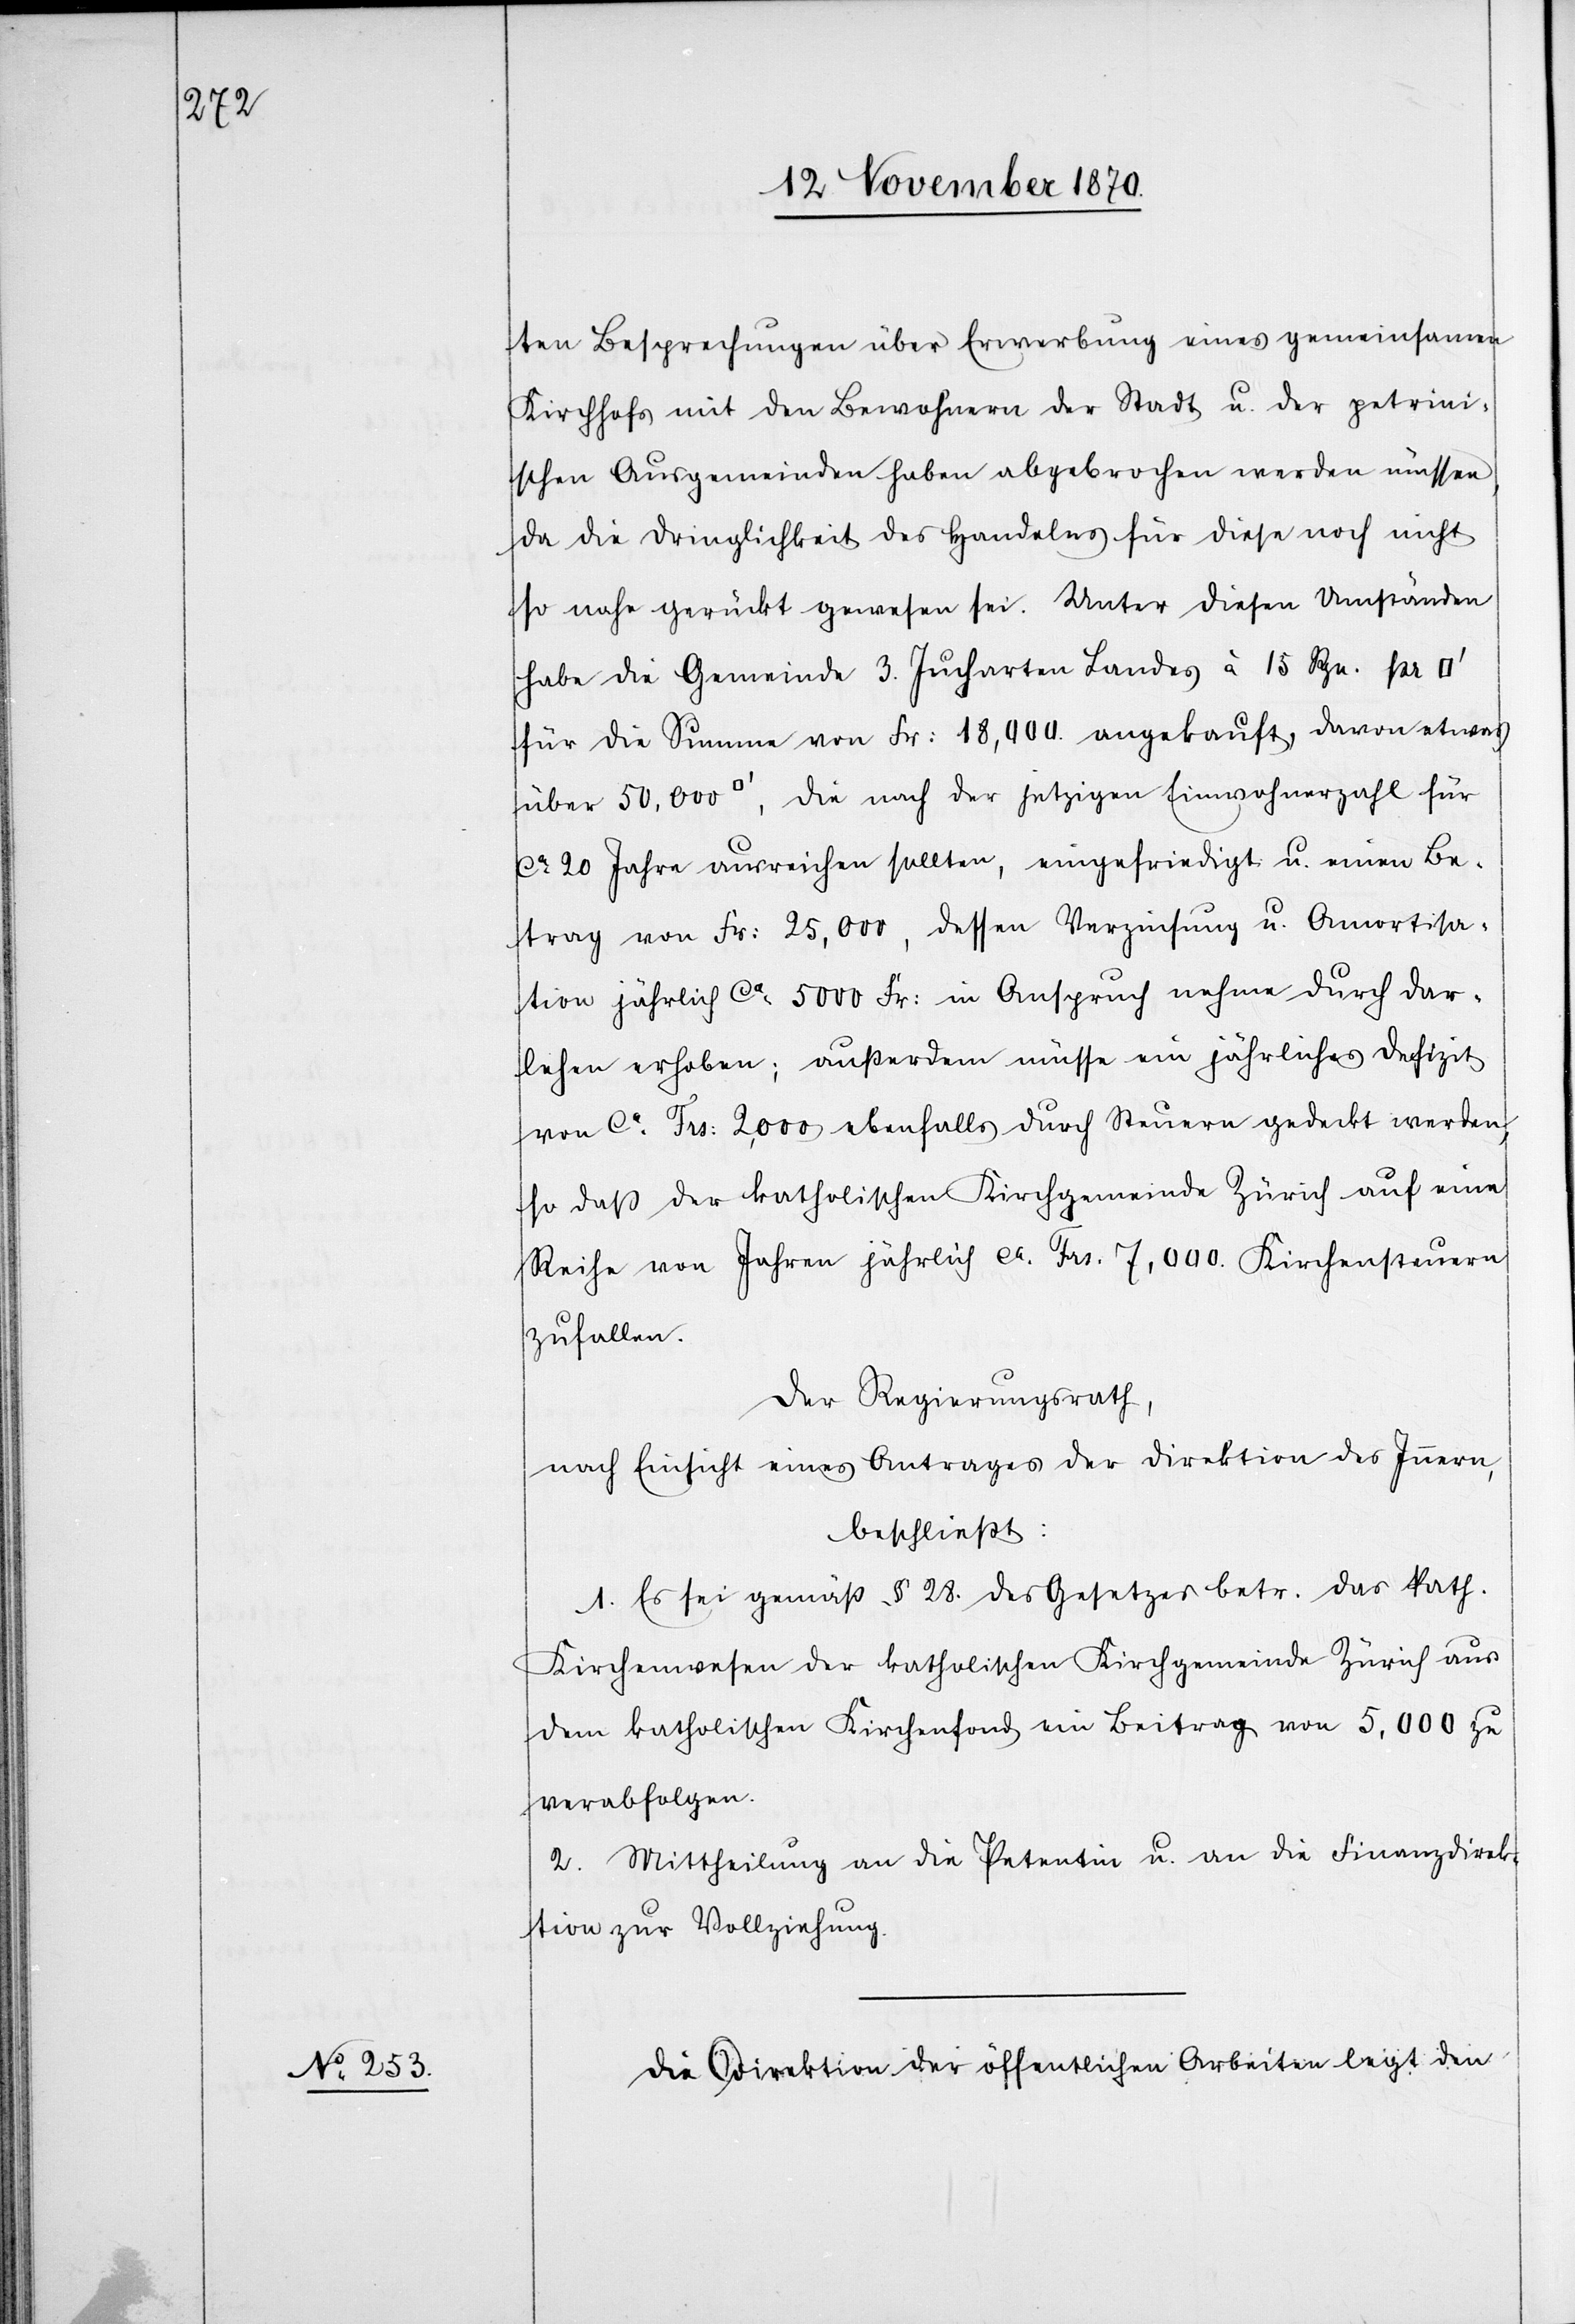
ten Besprechungen über Erwerbung eines gemeinsamen
Kirchhofs mit den Bewohnern der Stadt u. der petrini¬
schen Ausgemeinden haben abgebrochen werden müssen,
da die Dringlichkeit des Handelns für diese noch nicht
so nahe gerückt gewesen sei. Unter diesen Umständen
habe die Gemeinde 3. Jucharten Landes à 15 Rpn. pr
für die Summe von Fr: 18,000 angekauft, davon etwas
über 50,000 [Quadratfuß], die nach der jetzigen Einwohnerzahl für
ca. 20 Jahre ausreichen sollten, eingefriedigt u. einen Be¬
trag von Fr: 25,000, dessen Verzinsung u. Amortisa¬
tion jährlich ca: 5000 Fr: in Anspruch nehme durch Dar¬
lehen erhoben; außerdem müsse ein jährliches Defizit
von ca. Frs: 2,000 ebenfalls durch Steuern gedeckt werden,
so daß der katholischen Kirchgemeinde Zürich auf eine
Reihe von Jahren jährlich ca. Frs. 7,000 Kirchensteuer
zufallen.
Der Regierungsrath,
nach Einsicht eines Antrages der Direktion des Innern,
beschließt:
1. Es sei gemäß § 28. des Gesetzes betr. das kath.
Kirchenwesen der katholischen Kirchgemeinde Zürich aus
dem katholischen Kirchenfond ein Beitrag von 5,000 zu
verabfolgen.
2. Mittheilung an die Petentin u. an die Finanzdirek¬
tion zur Vollziehung.
Die Direktion der öffentlichen Arbeiten legt den